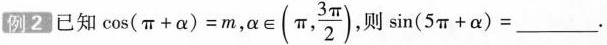
例2已知 \cos(π+α)=m， \alpha \in(\pi , \frac{3 \pi}{2}) ，则sin(5π+α)=___ 。